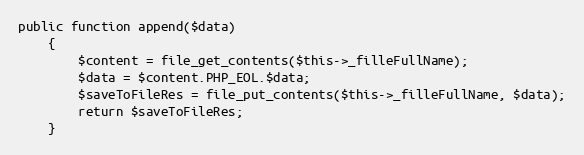
Language: PHP
public function append($data)
    {
        $content = file_get_contents($this->_filleFullName);
        $data = $content.PHP_EOL.$data;
        $saveToFileRes = file_put_contents($this->_filleFullName, $data);
        return $saveToFileRes;
    }